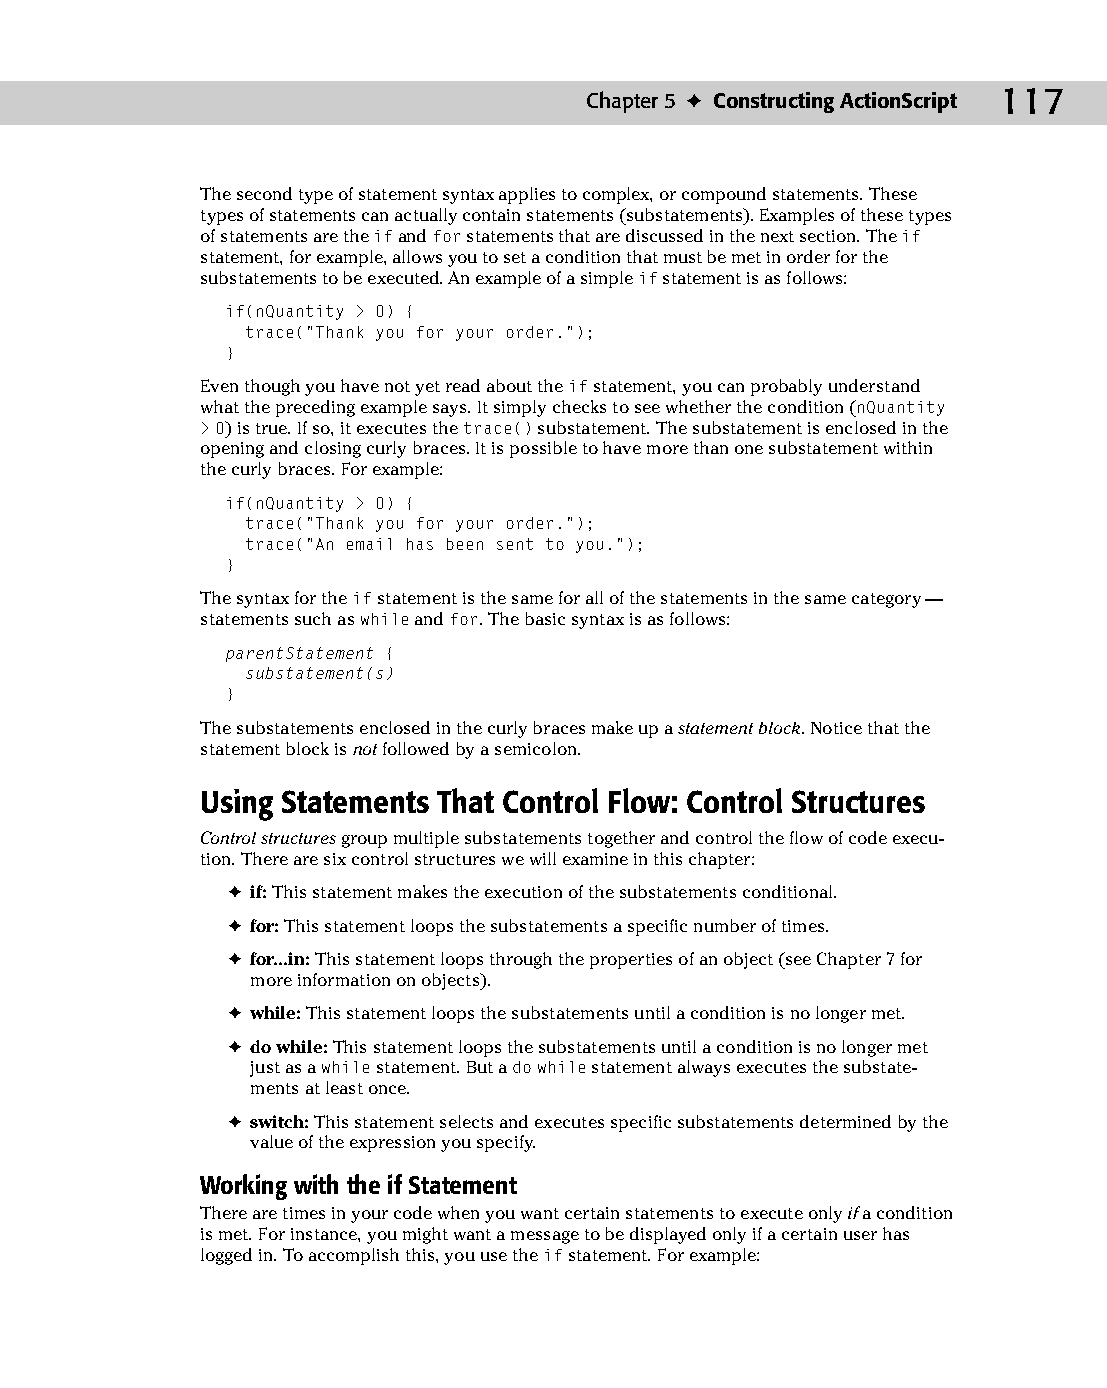
08 543547 ch05.qxd 3/24/04 3:50 PM Page 117
 Chapter 5 ✦ Constructing ActionScript 117
 The second type of statement syntax applies to complex, or compound statements. These
 types of statements can actually contain statements (substatements). Examples of these types
 of statements are the if and for statements that are discussed in the next section. The if
 statement, for example, allows you to set a condition that must be met in order for the
 substatements to be executed. An example of a simple if statement is as follows:
 if(nQuantity > 0) {
 trace(“Thank you for your order.”);
 }
 Even though you have not yet read about the if statement, you can probably understand
 what the preceding example says. It simply checks to see whether the condition (nQuantity
 >0) is true. If so, it executes the trace() substatement. The substatement is enclosed in the
 opening and closing curly braces. It is possible to have more than one substatement within
 the curly braces. For example:
 if(nQuantity > 0) {
 trace(“Thank you for your order.”);
 trace(“An email has been sent to you.”);
 }
 The syntax for the if statement is the same for all of the statements in the same category —
 statements such as while and for. The basic syntax is as follows:
 parentStatement {
 substatement(s)
 }
 The substatements enclosed in the curly braces make up a statement block. Notice that the
 statement block is not followed by a semicolon.
 Using Statements That Control Flow: Control Structures
 Control structures group multiple substatements together and control the flow of code execu­
 tion. There are six control structures we will examine in this chapter:
 ✦ if: This statement makes the execution of the substatements conditional.
 ✦ for: This statement loops the substatements a specific number of times.
 ✦ for...in: This statement loops through the properties of an object (see Chapter 7 for
 more information on objects).
 ✦ while: This statement loops the substatements until a condition is no longer met.
 ✦ do while: This statement loops the substatements until a condition is no longer met
 just as a while statement. But a do while statement always executes the substate­
 ments at least once.
 ✦ switch: This statement selects and executes specific substatements determined by the
 value of the expression you specify.
 Working with the if Statement
 There are times in your code when you want certain statements to execute only if a condition
 is met. For instance, you might want a message to be displayed only if a certain user has
 logged in. To accomplish this, you use the if statement. For example: